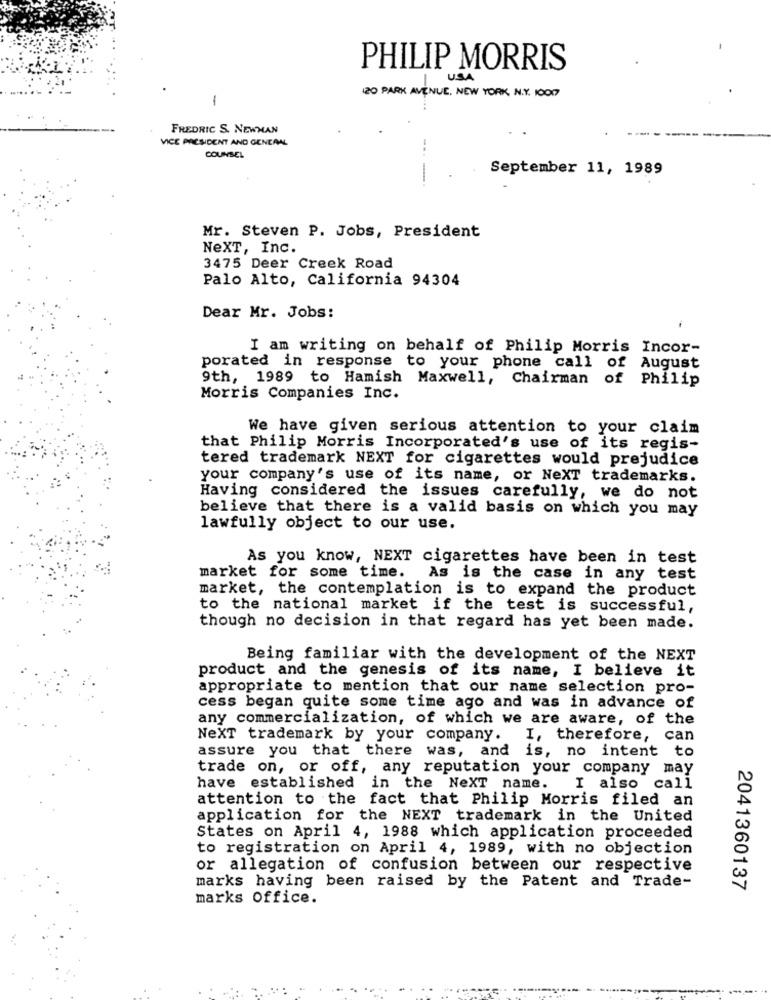
PHILIP MORRIS
| USA
120 PARK AVENUE, NEW YORK, N.Y. 10007
1
FREDRIC S. NEWMAN
VICE PRESIDENT AND GENERAL
COUNSEL
September 11, 1989
Mr. Steven P. Jobs, President
NEXT, Inc.
3475 Deer Creek Road
Palo Alto, California 94304
Dear Mr. Jobs:
I am writing on behalf of Philip Morris Incor-
porated in response to your phone call of August
9th, 1989 to Hamish Maxwell, Chairman of Philip
Morris Companies Inc.
We have given serious attention to your claim
that Philip Morris Incorporated's use of its regis-
tered trademark NEXT for cigarettes would prejudice
your company's use of its name, or NeXT trademarks.
Having considered the issues carefully, we do not
believe that there is a valid basis on which you may
lawfully object to our use.
As you know, NEXT cigarettes have been in test
market for some time.
As is the case in any test
market, the contemplation is to expand the product
to the national market if the test is successful,
though no decision in that regard has yet been made.
Being familiar with the development of the NEXT
product and the genesis of its name, I believe it
appropriate to mention that our name selection pro-
cess began quite some time ago and was in advance of
any commercialization, of which we are aware, of the
NEXT trademark by your company.
I, therefore, can
assure you that there was, and is, no intent to
trade on, or off, any reputation your company may
have established in the NeXT name.
I also call
attention to the fact that Philip Morris filed an
application for the NEXT trademark in the United
States on April 4, 1988 which application proceeded
to registration on April 4, 1989, with no objection
or allegation of confusion between our respective
marks having been raised by the Patent and Trade-
2041360137
marks Office.